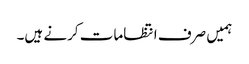
ہمیں صرف انتظامات کرنے ہیں۔